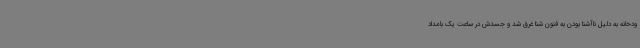
ودخانه به دلیل ناآشنا بودن به فنون شنا غرق شد و جسدش در ساعت یک بامداد